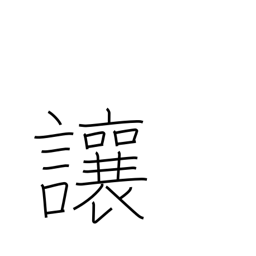
Meaning: allow